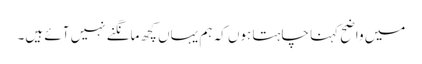
میں واضح کہنا چاہتا ہوں کہ ہم یہاں کچھ مانگنے نہیں آئے ہیں۔